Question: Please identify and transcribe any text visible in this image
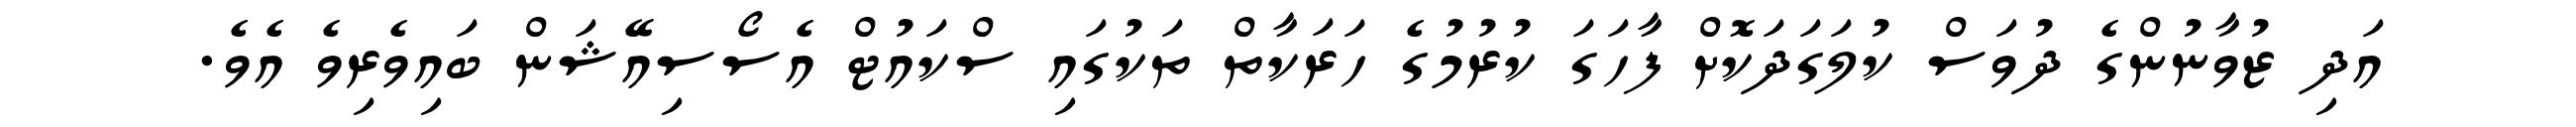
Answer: އަދި ޒުވާނުންގެ ދުވަސް ކުލަގަދަކޮށް ފާހަގަ ކުރުމުގެ ހަރަކާތް ތަކުގައި ސްކައުޓް އެސޯސިއޭޝަން ބައިވެރިވެ އެވެ.